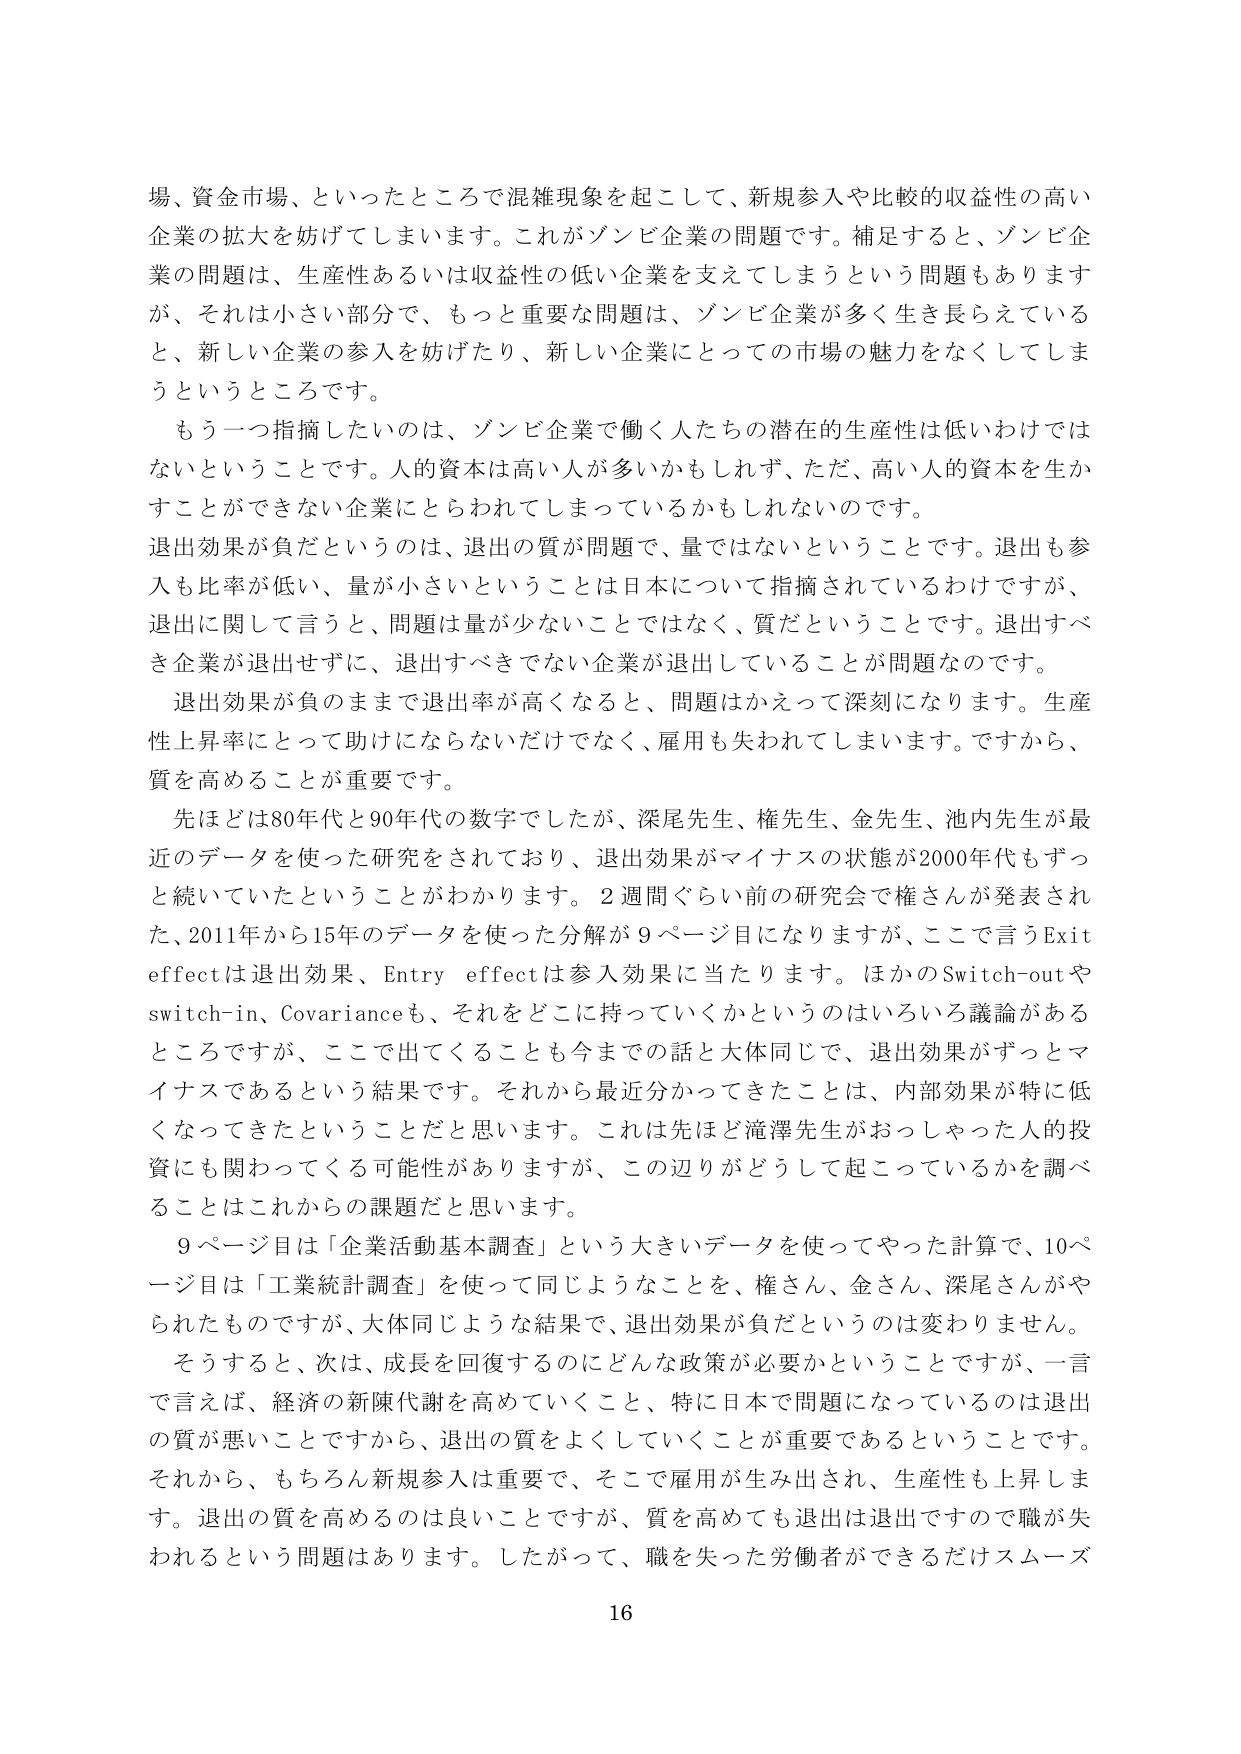
場、資金市場、といったところで混雑現象を起こして、新規参入や比較的収益性の高い企業の拡大を妨げてしまいます。これがゾンビ企業の問題です。補足すると、ゾンビ企業の問題は、生産性あるいは収益性の低い企業を支えてしまうという問題もありますが、それは小さい部分で、もっと重要な問題は、ゾンビ企業が多く生き長らえていると、新しい企業の参入を妨げたり、新しい企業にとっての市場の魅力をなくしてしまうというところです。

もう一つ指摘したいのは、ゾンビ企業で働く人たちの潜在的生産性は低いわけではないということです。人的資本は高い人が多いかもしれず、ただ、高い人的資本を生かすことができない企業にとらわれてしまっているかもしれないのです。

退出効果が負だというのは、退出の質が問題で、量ではないということです。退出も参入も比率が低い、量が小さいということは日本について指摘されているわけですが、退出に関して言うと、問題は量が少ないことではなく、質だということです。退出すべき企業が退出せずに、退出すべきでない企業が退出していることが問題なのです。

退出効果が負のままで退出率が高くなると、問題はかえって深刻になります。生産性上昇率にとって助けにならないだけではなく、雇用も失われてしまいます。ですから、質を高めることが重要です。

先ほどは80年代と90年代の数字でしたが、深尾先生、権先生、金先生、池内先生が最近のデータを使った研究をされており、退出効果がマイナスの状態が2000年代もずっと続いていたということがわかります。2週間ぐらい前の研究会で権さんが発表された、2011年から15年のデータを使った分解が9ページ目になりますが、ここで言うExit effectは退出効果、Entry effectは参入効果に当たります。ほかのSwitch-outやswitch-in、Covarianceも、それをどこに持っていくかというのはいろいろ議論があるところですが、ここで出てくることも今までの話と大体同じで、退出効果がずっとマイナスであるという結果です。それから最近分かってきたことは、内部効果が特に低くなってきたということだと思います。これは先ほど滝澤先生がおっしゃった人的投資にも関わってくる可能性がありますが、この辺りがどうして起こっているかを調べることはこれからの課題だと思います。

9ページ目は「企業活動基本調査」という大きいデータを使ってやった計算で、10ページ目は「工業統計調査」を使って同じようなことを、権さん、金さん、深尾さんがやられたものですが、大体同じような結果で、退出効果が負だというのは変わりません。

そうすると、次は、成長を回復するのにどんな政策が必要かということですが、一言で言えば、経済の新陳代謝を高めていくこと、特に日本で問題になっているのは退出の質が悪いことですから、退出の質をよくしていくことが重要であるということです。それから、もちろん新規参入は重要で、そこで雇用が生み出され、生産性も上昇します。退出の質を高めるのは良いことですが、質を高めても退出は退出ですので職が失われるという問題はあります。したがって、職を失った労働者ができるだけスムーズ

16